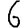
Digit: 6